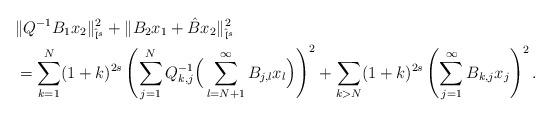
LaTeX: \begin{align*}&\|Q^{-1}B_1 x_2\|_{\hat{\mathfrak{l}}^s}^2+\|B_2 x_1+\hat{B}x_2\|_{\hat{\mathfrak{l}}^s}^2\\&=\sum_{k=1}^N(1+k)^{2s}\left(\sum_{j=1}^NQ^{-1}_{k,j}\Big(\sum_{l=N+1}^\infty B_{j,l}x_l\Big)\right)^2+\sum_{k> N}(1+k)^{2s}\left(\sum_{j=1}^\infty B_{k,j}x_j\right)^2.\end{align*}